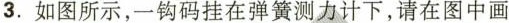
3. 如图所示，一钩码挂在弹簧测力计下，请在图中画